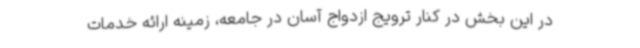
در این بخش در کنار ترویج ازدواج آسان در جامعه، زمینه ارائه خدمات